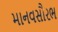
માનવસૌરભ